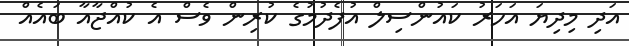
އަދި މިދިޔަ އަހަރު ކައުންސިލް އުފެދުމުގެ ކުރިން ވެސް އެ ކުއްޖާއާ ބައެއް